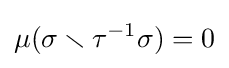
\mu (\sigma \smallsetminus \tau ^{-1}\sigma )=0